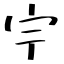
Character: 𡧃